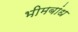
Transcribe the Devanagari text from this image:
भीमबांध